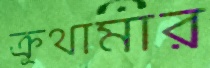
ক্রুথামার